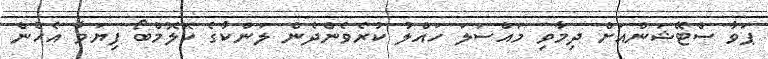
ޕަވާ ސްޓޭޝަންއަށް ދިމާވި މައްސަލަ ހައްލު ކުރެވެންދެން ލަންކާގެ ކޮލޮމްބޯ ފިޔަވާ އެހެން